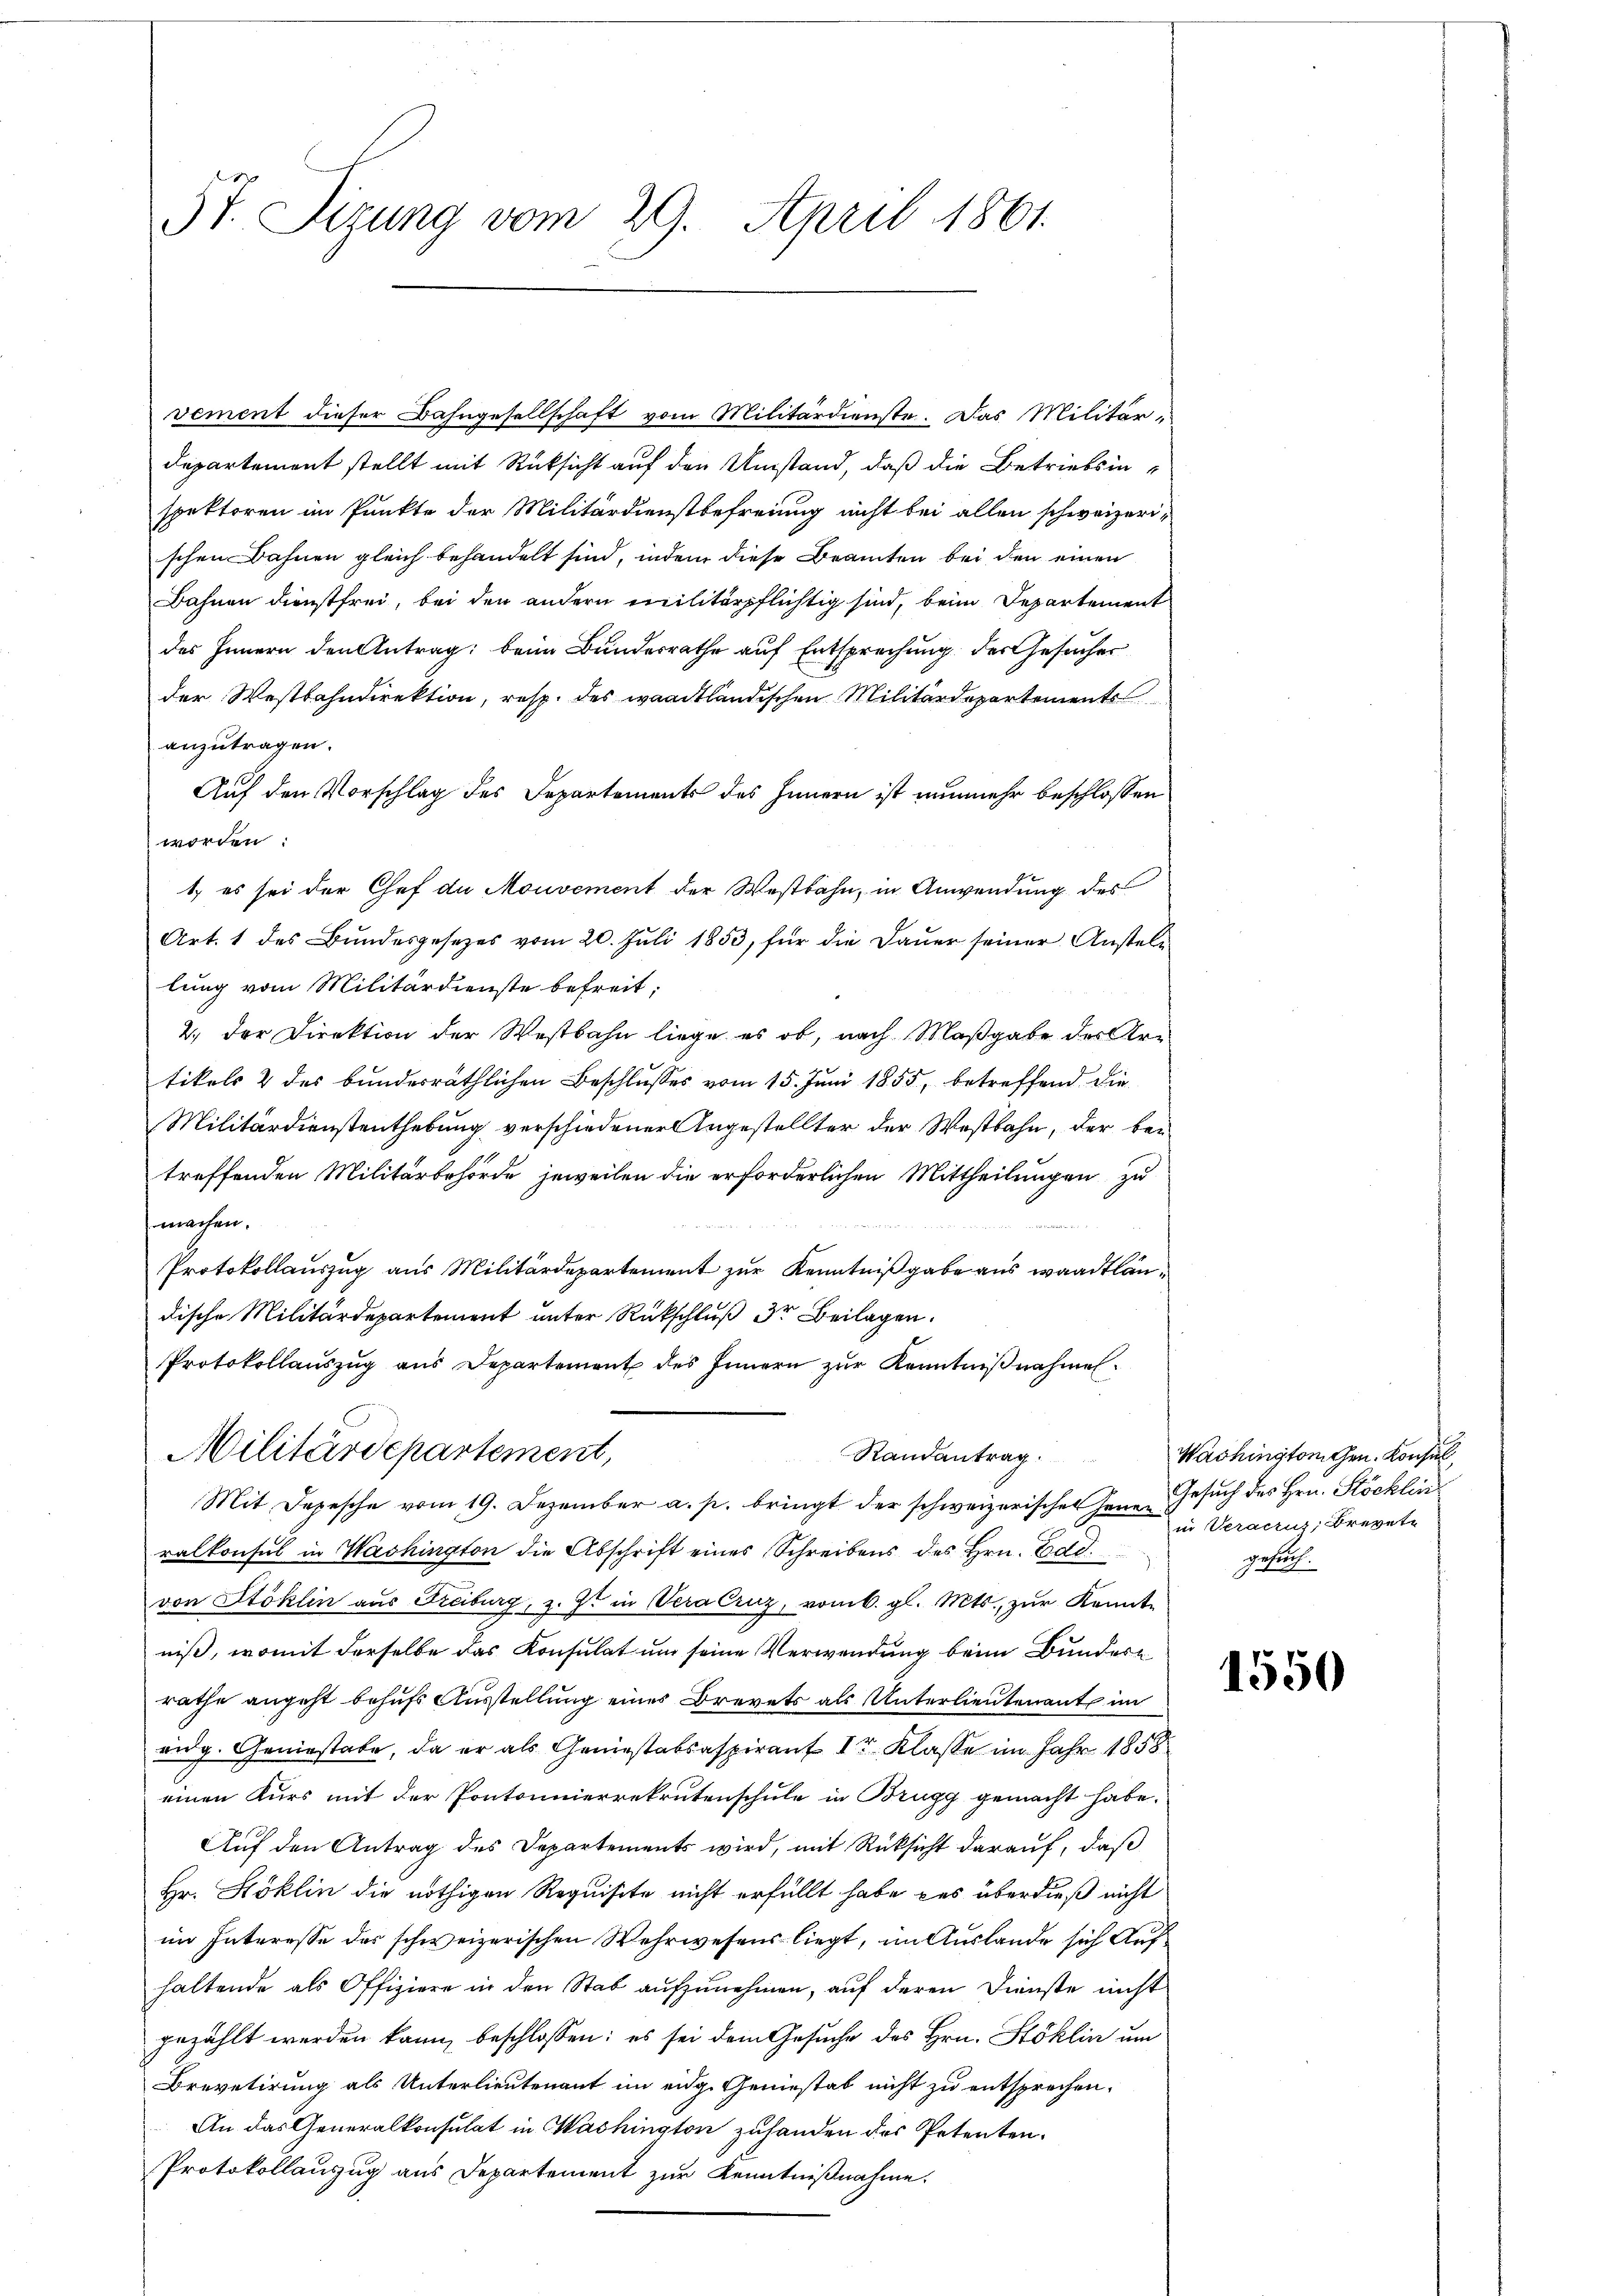
5t. Sizung vom 29. April 1861.

vement dieser Bahngesellschaft vom Militärdienste. Das Militär¬
Departement stellt mit Rücksicht auf den Umstand, daß die Betriebsinspektoren im Punkte der Militärdienstbefreiung nicht bei allen schweizerischen Bahnen gleich behandelt sind, indem diese Beamten bei den einen
Bahnen Dienstfrei, bei den andern militärpflichtig sind, beim Departement
des Innern den Antrag: beim Bundesrathe auf Entsprechung des Gesucher
der Westbahndirektion, resp. des waadtländischen Militärdepartements
anzutragen.
Auf den Vorschlag des Departements des Innern ist nunmehr beschlossen
worden:
1, es sei der Chef de Mouvement der Westbahn, in Anwendung des
Art. 1 des Bundesgesetzes vom 20. Juli 1853, für die Daŭer seiner Anstellung vom Militärdienste befreit;
2.) Der Direktion der Westbahn liege es ob, nach Maßgabe des Artikels & des bundesräthlichen Beschlusses vom 15. Juni 1855, betreffend die
Militärdienstenthebung verschiedener Angestellter der Westbahn, der betreffenden Militärbehörde jeweilen die erforderlichen Mittheilungen zu
machen.
Protokollauszug aus Militärdepartement zur Kenntnißgabe aus waadtländische Militärdepartement unter Rückschluß der Beilagen.
Protokollauszug aus Departement des Innern zur Kenntnißnahmen
Militärdepartement,
Randantrag
Mit Depesche vom 19. Dezember a. p. bringt der schweizerischen jenen
ralkonsul in Washington die Abschrift eines Schreibens des Hrn. Gold.
von Stoklin aus Freiburg, z. Zt. in Veralruz, vom k. gl. Mts. zŭr Kennt-
niß, womit derselbe das Konsulat um seine Verwendung beim Bundert
rathe angeht behufs Ausstellung eines Brevets als Unterlieutenant im
eidg. Geniestate, da er als Geniestabsaspirant 1r Klasse im Jahr 1858
einen Kurs mit der Pontonnierrekrutenschule in Brugg gemacht habe.
Auf den Antrag des Departements wird, mit Rücksicht darauf, daß
Hr. Stoklin die nöthigen Requisite nicht erfüllt habe des überdieß nicht
im Interesse des schweizerischen Wehrwesens liegt, im Auslande sich Aufhaltende als Offiziere in den Stab aŭfzŭnehmen, aŭf deren Dienste nicht
gezählt werden kann, beschlossen: es sei dem Gesuche des Hrn. Stoklin um
Brevetirung als Unterlieutenant im eidg. Geniestab nicht zu entsprechen.
An das Generalkonsulat in Washington zuhanden des Petenten.
Protokollauszug aus Departement zur Kenntnißnahme.

Washingtonchen. Konsul
Gesuch des Hrn. Stöcklin
in Veractus, Brevete
gesuch.

1550